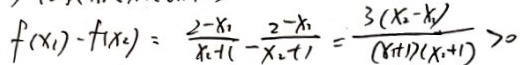
f ( x _ { 2 } ) - f ( x _ { 2 } ) = \frac { 2 - x _ { 2 } } { x _ { 2 } - 1 1 } - \frac { 2 - x _ { 1 } } { x _ { 2 } + 1 } = \frac { 3 ( x _ { 2 } - x _ { 2 } ) } { ( x _ { 2 } + 1 ) ( x _ { 2 } + 1 ) } > 0